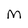
Character: M